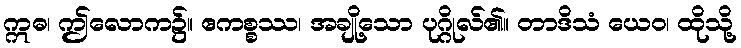
ဣဓ၊ ဤလောက၌။ ဧကစ္စဿ၊ အချို့သော ပုဂ္ဂိုလ်၏။ တာဒိသံ ယေဝ၊ ထိုသို့